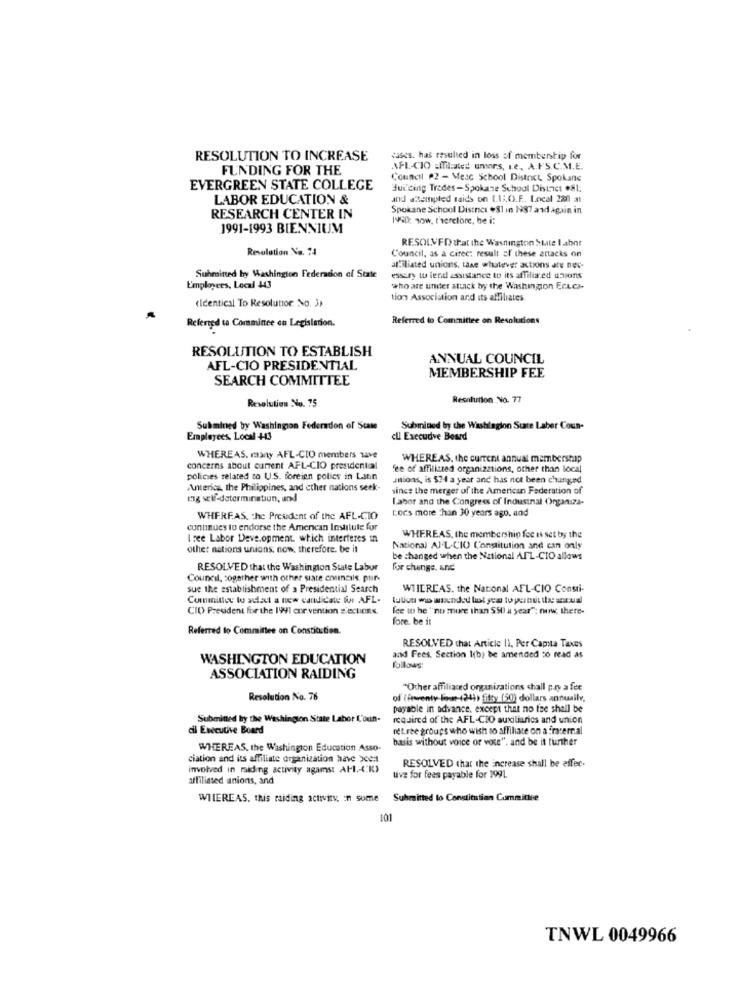
RESOLUTION TO INCREASE
cases. has resulted in loss of membership for
FUNDING FOR THE
AFL-CIO .Miliated umars, Le, A.FS.C.M.E.
Council P2 - Meac School District, Spokane
EVERGREEN STATE COLLEGE
Building Trades-Spokane School District .81:
LABOR EDUCATION &
and attempted raids on 1.13.O.F .. Local 280 a
Spokane School District #81 in N87 and again in
RESEARCH CENTER IN
1990: wow, t'herelore, be i:
1991-1993 BIENNIUM
RESOLVED that the Washington State labor
Resulation No. 74
Council, as a cirec: result of these attacks on
affiliated unions, taxe whatever actions are ner-
Suhmined by Washington Federation of State
essury w lend assistance to its affiliared unions
Employees, Local 443
who are under attack by the Washington ErLea.
(Identical To Resolutor. No. 3)
tion Association and its affiliates
Referred to Committee on Resolutions
Referred ta Corminee on Legislation.
RESOLUTION TO ESTABLISH
ANNUAL COUNCIL
AFL-CIO PRESIDENTIAL
MEMBERSHIP FEE
SEARCH COMMITTEE
Resolution No. 75
Resolution No. 77
Submined by Washingion Federation of State
Submitted by the Washington State Laber Coun-
Employees, Local 443
ell Execudve Board
WHEREAS. many AFL-CIO members save
WHEREAS, the current annual membership
concerns about current AFL-CIO presidential
fee of affiliated organizations, other than local
policies related to U.S. foreign policy in Latin
mions, is $?4 a year and has not been chunged
America, the Philippines, and cther nations seek-
since the merger of the American Federation of
ing self-determination, und
Labor and the Congress of Industrial Organiza-
Lors more than 30 years ago. and
WHEREAS. the President of the AFL-CIO
continues to endorse the Amencan Institute for
I see Labor Deve.opment, which interferes in
WHEREAS, the membership fee is set by the
othe: nations unions. now, therefore. be it
National Al'L-CIO Constitution and can only
be changed when the National AFL-CIO allows
RESOLVED that the Washington State Labor
for change, and
Council, cogether with other siate councils. ptir-
sue the establishment of a Presidential Search
WIIEREAS. the National AFL-CIO Consti-
Committee wo adat a new candidate for AFL- tuliun wo wounded lot yea to pernut ta actual
CIO President for the IWI cor vention Sections.
fee in he "no more than $50 a year"; now there-
fore. be it
Referred to Committee on Constitution.
RESOLVED that Article II, Per Capita Taxes
WASHINGTON EDUCATION
and Fees. Section I(b) be amended co read as
follows:
ASSOCIATION RAIDING
"Other affiliated organizations chall pay a fee
Resolution No. 76
of ( fewenty foon-+249) fifty (50) dollars annually,
payable in advance, except that no fee shall be
Submitted by the Washington State Labor L'oun-
required of the AFL-CIO auxiliaries and union
cil Executive Board
retree groups who wish so affiliate on a fracerral
basis without voice of vote", and be it further
WHEREAS, the Washington Education Asso-
ciation and its affiliate organization have been
RESOLVED that the increase shall be effec.
involved in raiding activity agamst AFI .- (K)
affiliated unions, and
tive for fees payable for 1991.
WHEREAS. this raiding activity, En sume
Submitted to Constitution Committee
101
TNWL 0049966